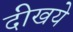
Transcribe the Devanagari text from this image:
दीखये